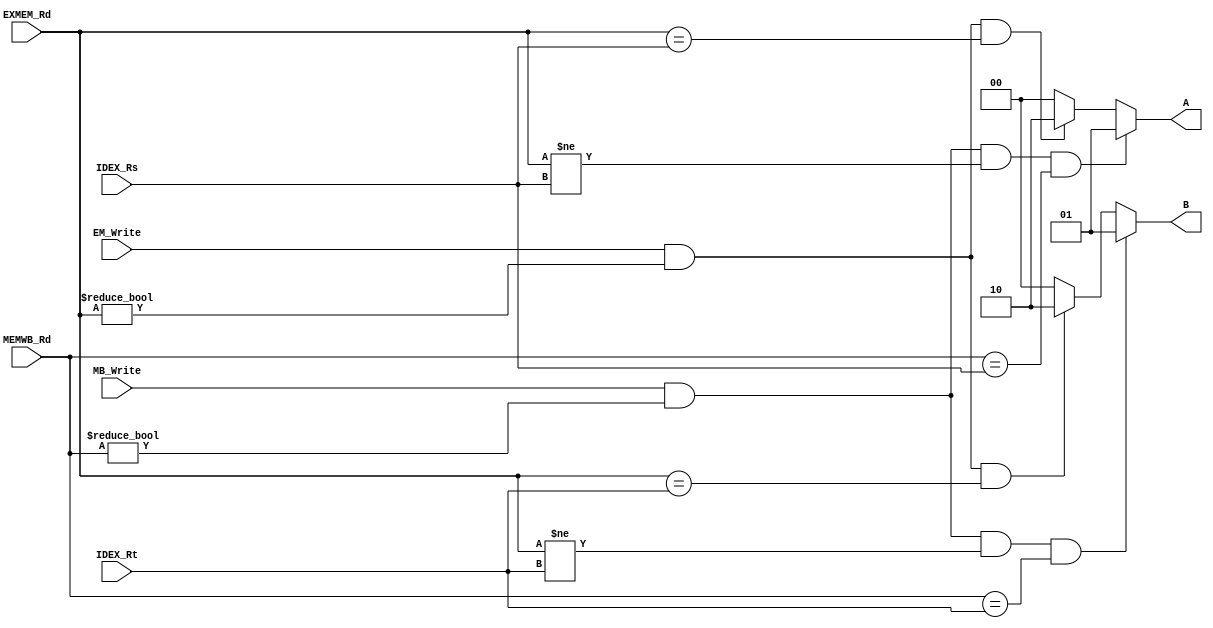
module Forward(
  input [4:0] MEMWB_Rd,
  input [4:0] EXMEM_Rd,
  input [4:0] IDEX_Rs,
  input [4:0] IDEX_Rt,
  input MB_Write,
  input EM_Write,
  output reg [1:0] A,
  output reg [1:0] B
);
  always @(*) begin
    if ((MB_Write == 1'b 1) && (MEMWB_Rd != 5'b 00000) && (EXMEM_Rd !=IDEX_Rs) &&(MEMWB_Rd == IDEX_Rs ))
      A <= 2'b 01;
    else begin
      if ((EM_Write == 1'b 1) && (EXMEM_Rd != 5'b 00000) && (EXMEM_Rd == IDEX_Rs))
        A <= 2'b 10;
      else
        A <= 2'b 00;
    end

    if ((MB_Write == 1'b 1) && (MEMWB_Rd != 5'b 00000) && (EXMEM_Rd != IDEX_Rt) && (MEMWB_Rd == IDEX_Rt))
      B <= 2'b 01;
    else begin
      if ((EM_Write == 1'b 1) && (EXMEM_Rd != 5'b 00000) && (EXMEM_Rd == IDEX_Rt))
        B <= 2'b10;
      else
        B <= 2'b 00;
    end
  end
endmodule